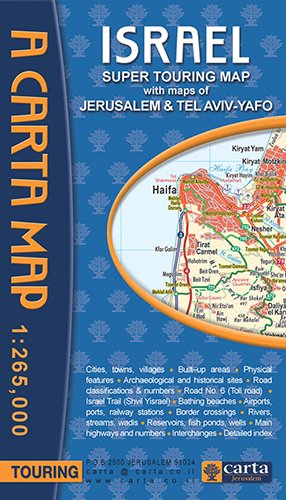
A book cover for Carta's Israel Super Touring Map; History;